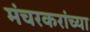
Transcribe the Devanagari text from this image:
मंचरकरांच्या